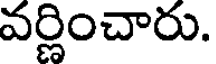
వర్ణించారు.